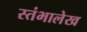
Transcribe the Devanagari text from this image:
स्‍तंभालेख